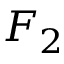
F _ { 2 }